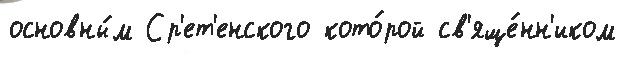
основны́м Ср'ет'енского кото́рой св'яще́нн'иком